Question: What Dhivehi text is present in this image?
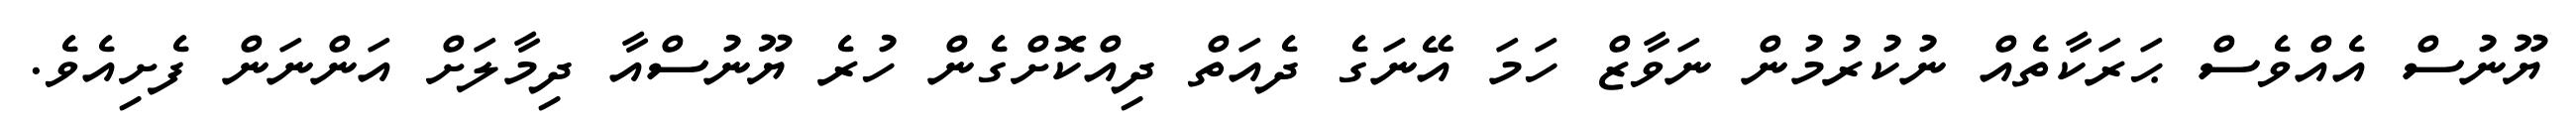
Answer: ޔޫނުސް އެއްވެސް ޙަރަކާތެއް ނުކުރުމުން ނަވާޒް ހަމަ އޭނަގެ ދެއަތް ދިއްކޮށްގެން ހުރެ ޔޫނުސްއާ ދިމާލަށް އަންނަން ފެށިއެވެ.